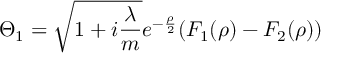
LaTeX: \Theta _ { 1 } = \sqrt { 1 + i \frac \lambda m } e ^ { - \frac \rho 2 } ( F _ { 1 } ( \rho ) - F _ { 2 } ( \rho ) )